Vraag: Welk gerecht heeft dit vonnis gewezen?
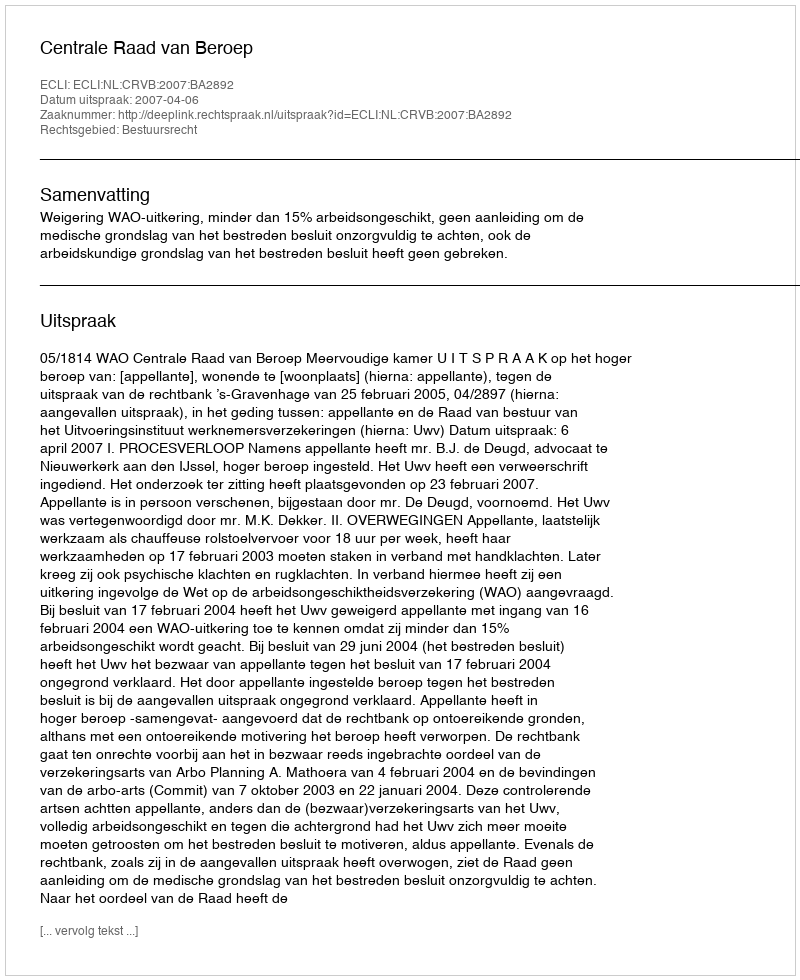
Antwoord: Centrale Raad van Beroep